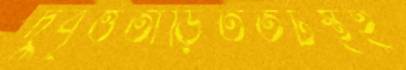
দুর্বৃত্ততাড়িততটস্থই